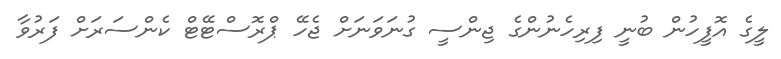
ލީގެ އޮފީހުން ބުނީ ފިރިހެނުންގެ ޖިންސީ ގުނަވަނަށް ޖެހޭ ޕްރޮސްޓޭޓް ކެންސަރަށް ފަރުވާ